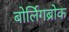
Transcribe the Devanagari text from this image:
बोर्लिगब्रोक